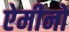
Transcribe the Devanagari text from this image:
ऐमीनो